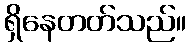
ရှိနေတတ်သည်။